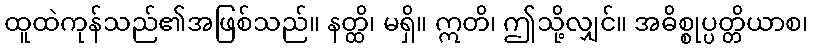
ထူထဲကုန်သည်၏အဖြစ်သည်။ နတ္ထိ၊ မရှိ။ ဣတိ၊ ဤသို့လျှင်။ အဓိစ္စုပ္ပတ္တိယာစ၊